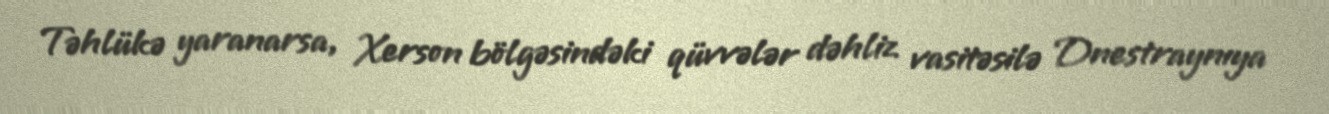
Təhlükə yaranarsa, Xerson bölgəsindəki qüvvələr dəhliz vasitəsilə Dnestraynıya